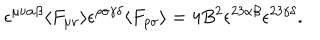
\epsilon ^ { \mu \nu \alpha \beta } \langle F _ { \mu \nu } \rangle \epsilon ^ { \rho \sigma \gamma \delta } \langle F _ { \rho \sigma } \rangle = 4 B ^ { 2 } \epsilon ^ { 2 3 \alpha \beta } \epsilon ^ { 2 3 \gamma \delta } .